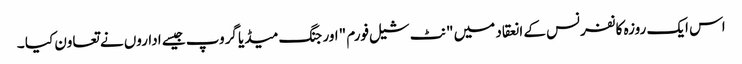
اس ایک روزہ کانفرنس کے انعقاد میں "نٹ شیل فورم "اور جنگ میڈیا گروپ جیسے اداروں نے تعاون کیا ۔